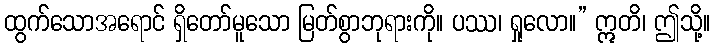
ထွက်သောအရောင် ရှိတော်မူသော မြတ်စွာဘုရားကို။ ပဿ၊ ရှုလော။” ဣတိ၊ ဤသို့။